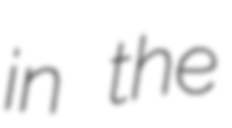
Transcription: in the